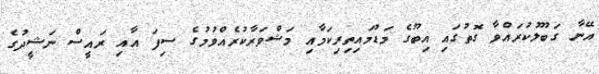
އޭނާ ގަބޫލުކުރައްވާ ގޮތުގައި އިބޫގެ މަޑުމައިތިރިކަމާއި މަޝްވަރާކުރެއްވުމުގެ ސިފަ އާއި ރައީސް ނަޝީދުގެ